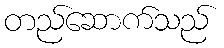
တည်ဆောက်သည်